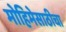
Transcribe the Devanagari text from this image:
मोहिमेसाठीचा